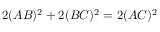
2 ( A B ) ^ { 2 } + 2 ( B C ) ^ { 2 } = 2 ( A C ) ^ { 2 }